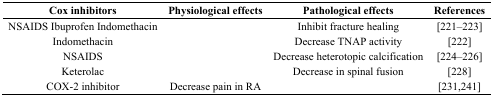
<table><thead><tr><td><b>Cox inhibitors</b></td><td><b>Physiological effects</b></td><td><b>Pathological effects</b></td><td><b>References</b></td></tr></thead><tbody><tr><td>NSAIDS Ibuprofen Indomethacin</td><td></td><td>Inhibit fracture healing</td><td>[221–223]</td></tr><tr><td>Indomethacin</td><td></td><td>Decrease TNAP activity</td><td>[222]</td></tr><tr><td>NSAIDS</td><td></td><td>Decrease heterotopic calcification</td><td>[224–226]</td></tr><tr><td>Keterolac</td><td></td><td>Decrease in spinal fusion</td><td>[228]</td></tr><tr><td>COX-2 inhibitor</td><td>Decrease pain in RA</td><td></td><td>[231,241]</td></tr></tbody></table>